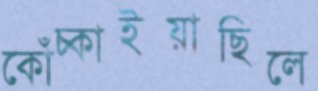
কোঁচ্‌কাইয়াছিলে